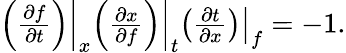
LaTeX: \begin{array}{r}{\left.\left(\frac{\partial f}{\partial t}\right)\right\rvert_{x}\left.\left(\frac{\partial x}{\partial f}\right)\right\rvert_{t}\left.\left(\frac{\partial t}{\partial x}\right)\right\rvert_{f}=-1.}\end{array}